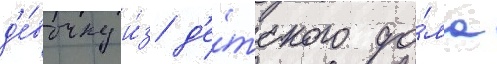
д'е́вочку и́з д'е́тского до́ма